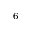
^ { - 6 }